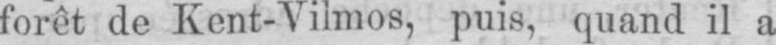
forêt de Kent-Vilmos, puis, quand il a